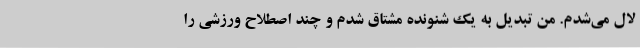
لال می‌شدم. من تبدیل به یک شنونده مشتاق شدم و چند اصطلاح ورزشی را